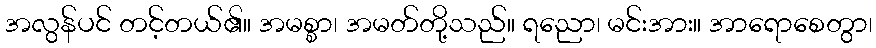
အလွန်ပင် တင့်တယ်၏။ အမစ္စာ၊ အမတ်တို့သည်။ ရညော၊ မင်းအား။ အာရောစေတွာ၊